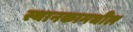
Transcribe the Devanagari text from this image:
स्थानकामधील